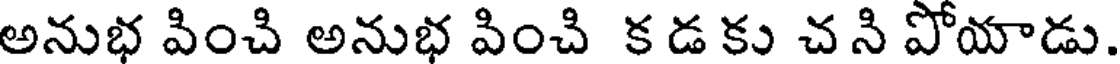
అనుభ వించి అనుభ వించి క డ కు చ ని పోయాడు.